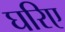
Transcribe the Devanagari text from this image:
घरिए